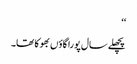
‘‘
پچھلے سال پورا گاؤں بھوکا تھا۔